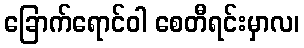
ခြောက်ရောင်ဝါ စေတီရင်းမှာလ၊